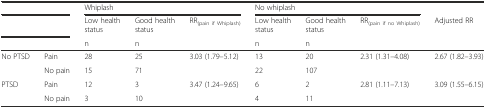
<table><thead><tr><td colspan="2"></td><td colspan="3"><b>Whiplash</b></td><td colspan="3"><b>No whiplash</b></td><td></td></tr><tr><td colspan="2"></td><td><b>Low health status</b></td><td><b>Good health status</b></td><td><b>RR<sub>(pain if</sub><sub>Whiplash)</sub></b></td><td><b>Low health status</b></td><td><b>Good health status</b></td><td><b>RR<sub>(pain if no Whiplash)</sub></b></td><td><b>Adjusted RR</b></td></tr><tr><td colspan="2"></td><td><b>n</b></td><td><b>n</b></td><td></td><td><b>n</b></td><td><b>n</b></td><td></td><td></td></tr></thead><tbody><tr><td rowspan="2">No PTSD</td><td>Pain</td><td>28</td><td>25</td><td>3.03 (1.79–5.12)</td><td>13</td><td>20</td><td>2.31 (1.31–4.08)</td><td>2.67 (1.82–3.93)</td></tr><tr><td>No pain</td><td>15</td><td>71</td><td></td><td>22</td><td>107</td><td></td><td></td></tr><tr><td rowspan="2">PTSD</td><td>Pain</td><td>12</td><td>3</td><td>3.47 (1.24–9.65)</td><td>6</td><td>2</td><td>2.81 (1.11–7.13)</td><td>3.09 (1.55–6.15)</td></tr><tr><td>No pain</td><td>3</td><td>10</td><td></td><td>4</td><td>11</td><td></td><td></td></tr></tbody></table>